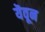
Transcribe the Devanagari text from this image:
यॆवून